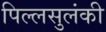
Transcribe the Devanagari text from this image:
पिल्लसुलंकी